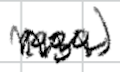
Text: 1939)
Cross-out: zig-zag
Writing tool: digital_black